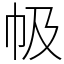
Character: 㠷